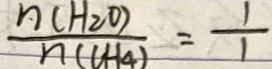
\frac { n ( H _ { 2 } O ) } { n ( C H 4 ) } = \frac { 1 } { 1 }